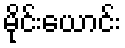
မိုင်းယောင်း